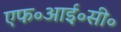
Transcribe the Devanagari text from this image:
एफ॰आई॰सी॰